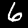
Label: 6